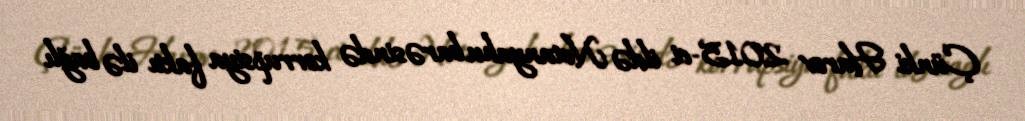
Çünki Harov 2015-ci ildə Netanyahu barəsində korrupsiya faktı ilə bağlı